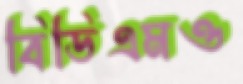
বিডিএমও